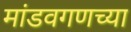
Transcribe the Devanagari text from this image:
मांडवगणच्या